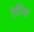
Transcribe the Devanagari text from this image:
रेटिंग्‍स